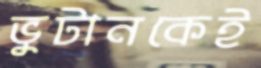
ভুটানকেই